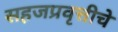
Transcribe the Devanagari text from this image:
सहजप्रवृत्तीचे